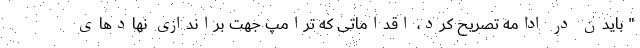
" بایدن در ادامه تصریح کرد، اقداماتی که ترامپ جهت براندازی نهاد‌های